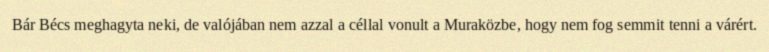
Bár Bécs meghagyta neki, de valójában nem azzal a céllal vonult a Muraközbe, hogy nem fog semmit tenni a várért.